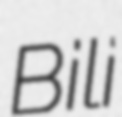
Bili